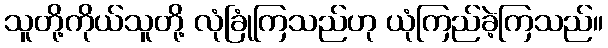
သူတို့ကိုယ်သူတို့ လုံခြုံကြသည်ဟု ယုံကြည်ခဲ့ကြသည်။